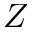
Z